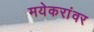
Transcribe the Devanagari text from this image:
मयेकरांवर